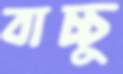
বাচ্চু